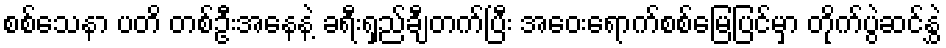
စစ်သေနာ ပတိ တစ်ဦးအနေနဲ့ ခရီးရှည်ချီတက်ပြီး အဝေးရောက်စစ်မြေပြင်မှာ တိုက်ပွဲဆင်နွှဲ